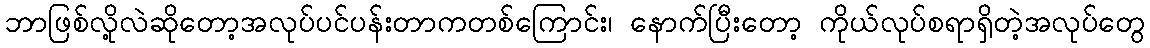
ဘာဖြစ်လို့လဲဆိုတော့အလုပ်ပင်ပန်းတာကတစ်ကြောင်း၊ နောက်ပြီးတော့ ကိုယ်လုပ်စရာရှိတဲ့အလုပ်တွေ